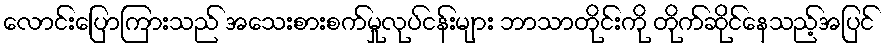
လောင်းပြောကြားသည် အသေးစားစက်မှုလုပ်ငန်းများ ဘာသာတိုင်းကို တိုက်ဆိုင်နေသည့်အပြင်